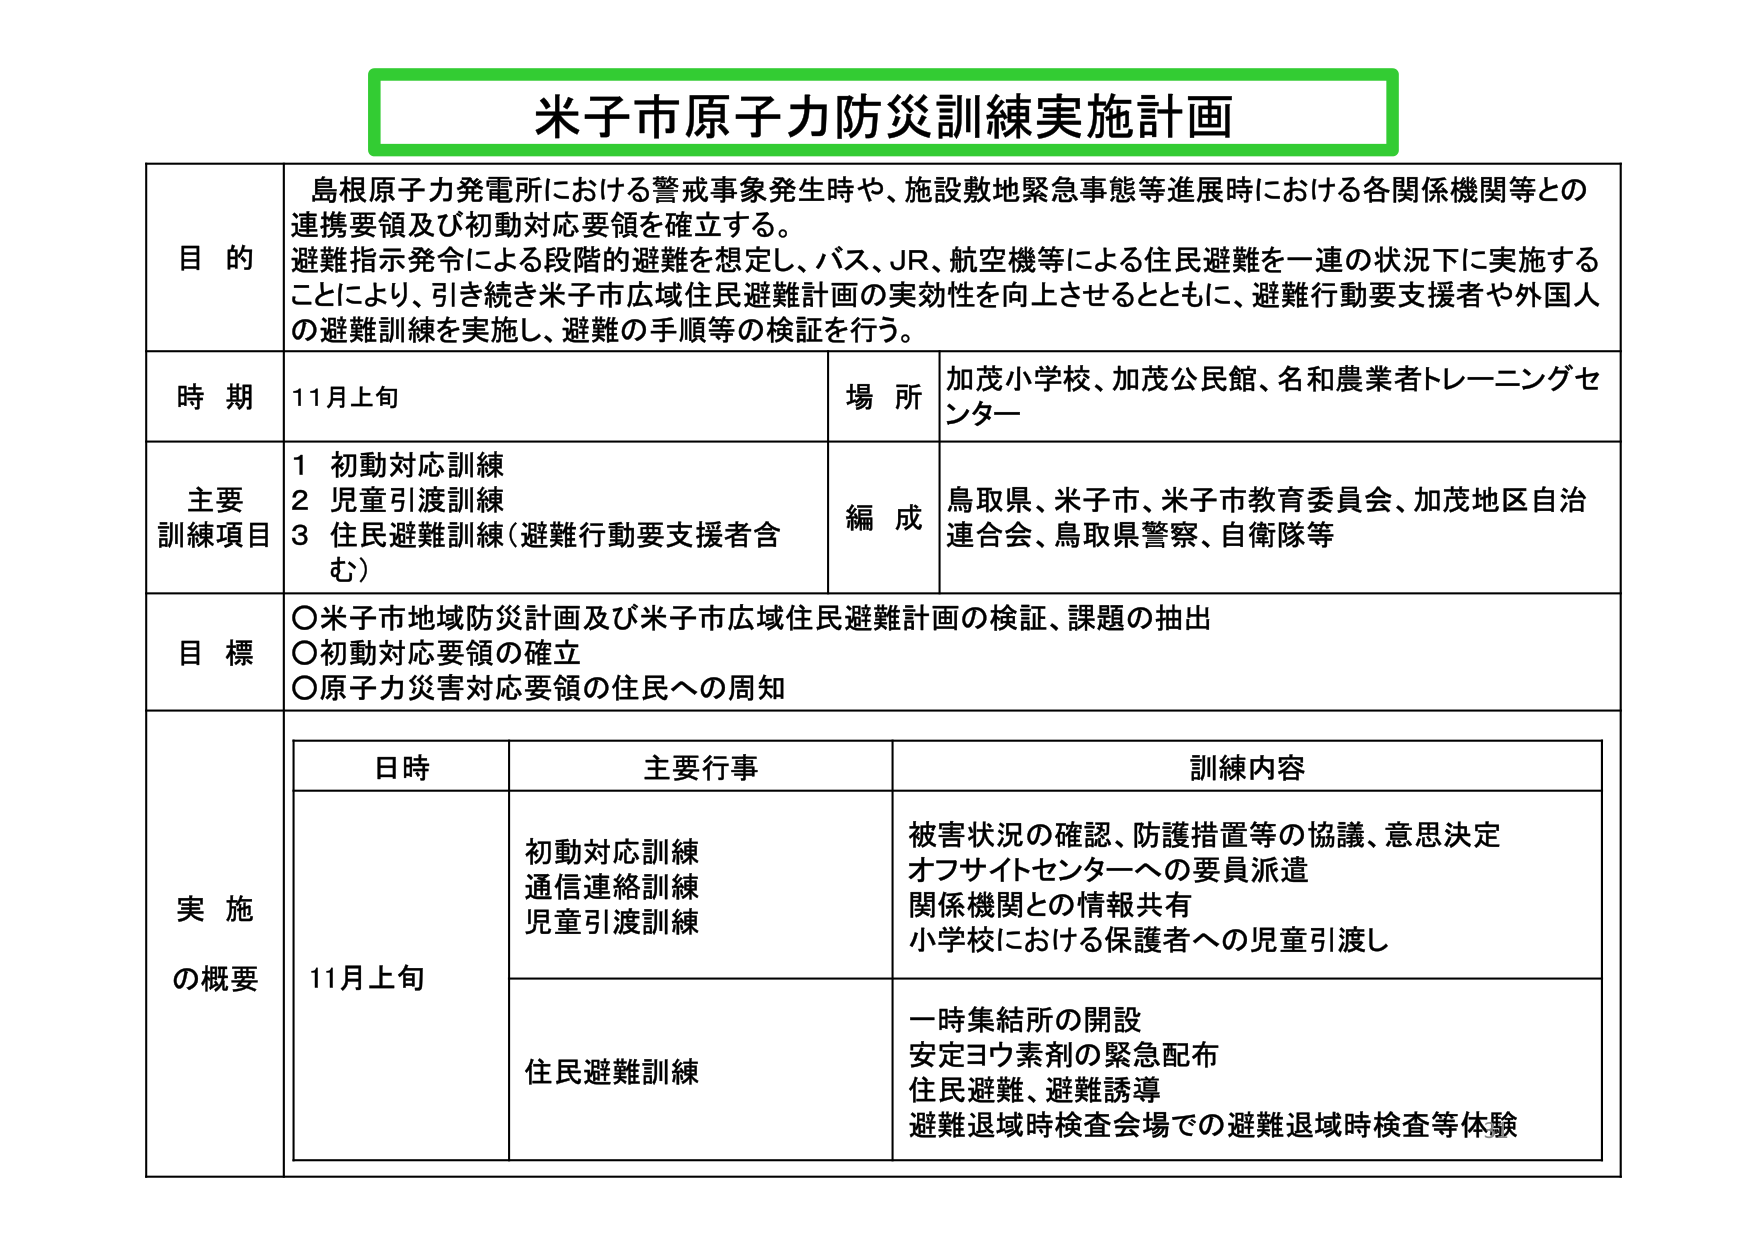
米子市原子力防災訓練実施計画

目的
島根原子力発電所における警戒事象発生時や、施設敷地緊急事態等進展時における各関係機関等との
連携要領及び初動対応要領を確立する。
避難指示発令による段階的避難を想定し、バス、JR、航空機等による住民避難を一連の状況下に実施する
ことにより、引き続き米子市広域住民避難計画の実効性を向上させるとともに、避難行動要支援者や外国人
の避難訓練を実施し、避難の手順等の検証を行う。

時期
11月上旬

場所
加茂小学校、加茂公民館、名和農業者トレーニングセンター

主要訓練項目
1 初動対応訓練
2 児童引渡訓練
3 住民避難訓練（避難行動要支援者含む）

編成
鳥取県、米子市、米子市教育委員会、加茂地区自治連合会、鳥取県警察、自衛隊等

目標
〇米子市地域防災計画及び米子市広域住民避難計画の検証、課題の抽出
〇初動対応要領の確立
〇原子力災害対応要領の住民への周知

実施の概要

日時
11月上旬

主要行事
初動対応訓練
通信連絡訓練
児童引渡訓練

訓練内容
被害状況の確認、防護措置等の協議、意思決定
オフサイトセンターへの要員派遣
関係機関との情報共有
小学校における保護者への児童引渡し

主要行事
住民避難訓練

訓練内容
一時集結所の開設
安定ヨウ素剤の緊急配布
住民避難、避難誘導
避難退域時検査会場での避難退域時検査等体験